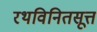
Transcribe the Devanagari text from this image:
रथविनितसूत्त